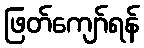
ဖြတ်ကျော်ရန်